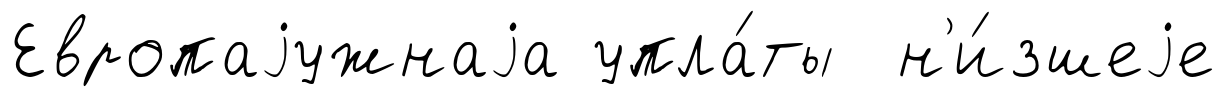
Европаjужнаjа упла́ты н'и́зшеjе